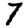
Digit: 7